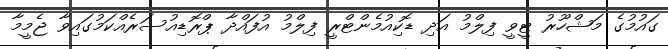
ގައުމުގެ މަޝްހޫރު ޓީވީ ފިލްމު އަދި ޑޮކިއުމެންޓްރީ ފިލްމު އުފައްދާ ޕްރޮޑިއުސަރެއްކަމުގައިވާ ޖެމީމާ